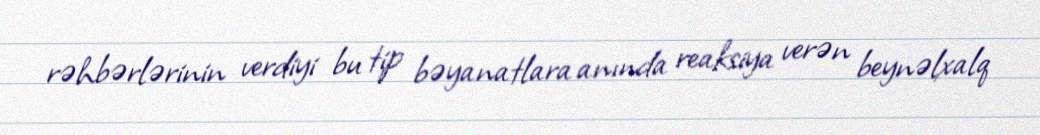
rəhbərlərinin verdiyi bu tip bəyanatlara anında reaksiya verən beynəlxalq